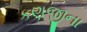
કણજીના